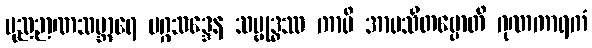
ပုညဉာဏသမ္ဘာရေ မဂ္ဂသဒ္ဒေန သမ္ဗုဒ္ဓဿ ကာပိ အာမသိတဗ္ဗောတိ ဂုဏကာရကံ